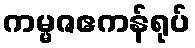
ကမ္မဇဧကန်ရုပ်